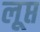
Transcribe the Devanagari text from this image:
लूप्त